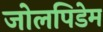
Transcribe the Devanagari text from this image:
जोलपिडेम